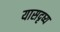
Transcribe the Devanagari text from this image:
यासदृष्य